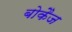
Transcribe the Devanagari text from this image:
बोकैज